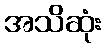
အသိဆုံး